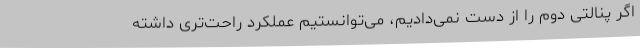
اگر پنالتی دوم را از دست نمی‌دادیم، می‌توانستیم عملکرد راحت‌تری داشته